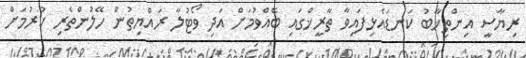
ރިޔާސީ އިންތިޚާބު ކަނޑައެޅިފައިވާ ތާރީޚްގައި ބޭއްވުމަށް އަދި ވޯޓުލާ ރައްޔިތުން ހޭލުންތެރި ކުރުމަށް